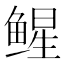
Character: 𬶢